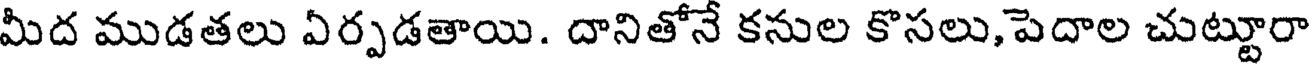
మీద ముడతలు ఏర్పడతాయి. దానితోనే కనుల కొసలు,పెదాల చుట్టూరా